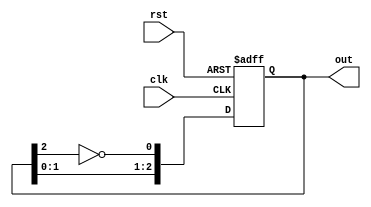
module ring_johnson_counter #(
    parameter N = 3  // Define the number of bits in the Johnson counter
)(
    input wire clk,       // Clock input
    input wire rst,       // Asynchronous reset input
    output reg [N-1:0] out // Output representing the current count
);
    
    // Internal signal to hold the feedback inverted output
    wire feedback;

    // Assign feedback to the inversion of the last flip-flop's output
    assign feedback = ~out[N-1];

    // Sequential logic to update the counter state
    always @(posedge clk or posedge rst) begin
        if (rst) begin
            out <= 0; // Reset the counter to 0
        end else begin
            // Shift the output and feed feedback
            out <= {out[N-2:0], feedback}; // Shift left and append feedback
        end
    end

endmodule